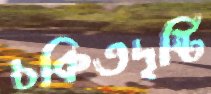
চকিতদৃষ্টি